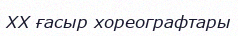
XX ғасыр хореографтары